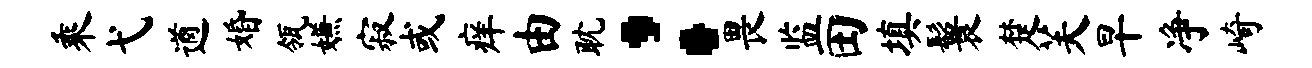
乘弋遒婚瓴嫌寂或痒由耽：畏监田填鬟楚芙早净崎